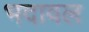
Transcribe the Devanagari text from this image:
भदावल